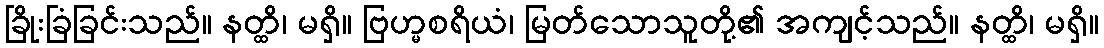
ခြိုးခြံခြင်းသည်။ နတ္ထိ၊ မရှိ။ ဗြဟ္မစရိယံ၊ မြတ်သောသူတို့၏ အကျင့်သည်။ နတ္ထိ၊ မရှိ။